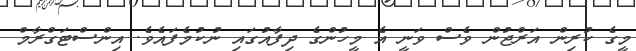
މީގެ ކުރިން އަރްޖުން ވެސް ވަނީ އެ މީހުންގެ ދިފާއުގައި ނުކުމެފައެވެ. އިންސްޓަގްރާމް